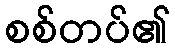
စစ်တပ်၏